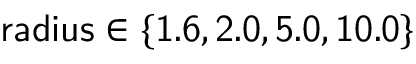
\mathsf { r a d i u s \in \{ 1 . 6 , 2 . 0 , 5 . 0 , 1 0 . 0 \} }